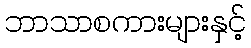
ဘာသာစကားများနှင့်